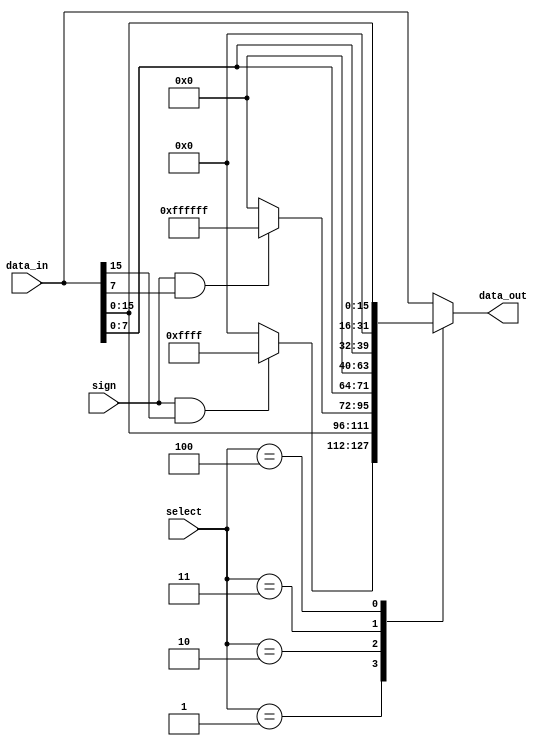
`timescale 1ns / 1ps

module Cutter(
    input [31:0] data_in,
    input [2:0] select,
    input sign,
    output [31:0] data_out
    );
    
    reg [31:0] temp;
    
    always @ (*) begin
        case (select)
            3'b001: temp <= {(sign && data_in[15])? 16'hffff: 16'h0000, data_in[15:0]};
            3'b010: temp <= {(sign && data_in[7])? 24'hffffff: 24'h000000, data_in[7:0]};
            3'b011: temp <= {24'h000000, data_in[7:0]};
            3'b100: temp <= {16'h0000, data_in[15:0]};
            default: temp <= data_in;
        endcase
    end
    
    assign data_out = temp;
    
endmodule